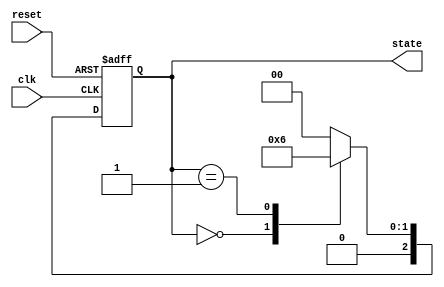
module PreConfiguredStateInitialization (
    input wire clk,           // Clock signal
    input wire reset,         // Reset signal (active high)
    output reg [2:0] state    // State output (3-bit for example)
);

// State encoding
localparam S0 = 3'b000;     // Initial state
localparam S1 = 3'b001;     // Other states
localparam S2 = 3'b010;
// Add more states as needed

// Sequential logic for state initialization and transitions
always @(posedge clk or posedge reset) begin
    if (reset) begin
        // Initialize state to S0 on reset
        state <= S0;
    end else begin
        // State transition logic (example)
        case (state)
            S0: state <= S1; // Transition from S0 to S1
            S1: state <= S2; // Transition from S1 to S2
            S2: state <= S0; // Transition from S2 back to S0
            default: state <= S0; // Default case to ensure known state
        endcase
    end
end

endmodule